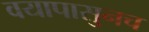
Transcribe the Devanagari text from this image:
वयापासुनच